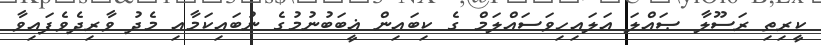
ކީރިތި ރަސޫލާ ޞައްލަ އަލައިހިވަސައްލަމް ގެ ކިބައިން ޣީބަބުނުމުގެ ނުބައިކަމާއި މެދު ވާރިދެވެފައިވާ